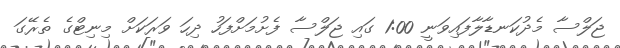
ޖަލްސާ މެދުކަނޑާލާފައިވަނީ 1:00 ގައި ޖަލްސާ ފެށުމަށްފަހު ދިހަ ވަރަކަށް މިނިޓްގެ ތެރޭގަ